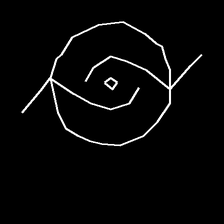
Glyph: repetition